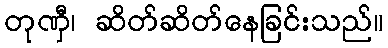
တုဏှီ၊ ဆိတ်ဆိတ်နေခြင်းသည်။